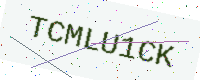
Text: TCMLU1CK